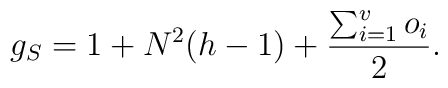
g_S=1+N^2(h-1)+\frac{\sum_{i=1}^v o_i}{2}.